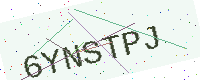
Text: 6YNSTPJ